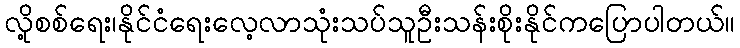
လို့စစ်ရေး၊နိုင်ငံရေးလေ့လာသုံးသပ်သူဦးသန်းစိုးနိုင်ကပြောပါတယ်။